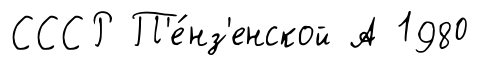
СССР П'е́нз'енской А 1980